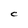
Character: C